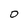
Character: 0